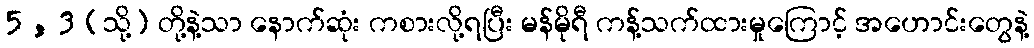
5 , 3 (သို့) တို့နဲ့သာ နောက်ဆုံး ကစားလို့ရပြီး မန်မိုရီ ကန့်သက်ထားမှုကြောင့် အဟောင်းတွေနဲ့